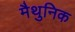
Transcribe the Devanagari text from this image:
मैथुनिक